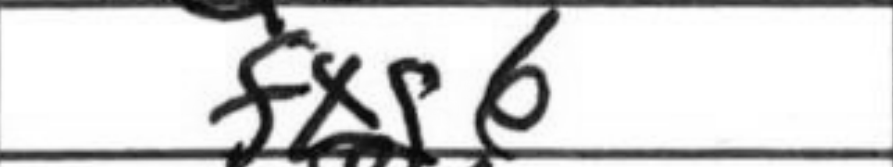
Transcription: fxg6